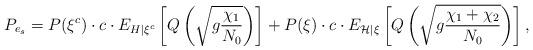
LaTeX: \begin{align*}P_{e_{s}} & = P(\xi^{c})\cdot c\cdot E_{H\vert\xi^{c}}\left[Q\left(\sqrt{g\frac{\chi_{1}}{N_{0}}}\right)\right]+ P(\xi)\cdot c\cdot E_{\mathcal{H}\vert\xi}\left[Q\left(\sqrt{g\frac{\chi_{1}+\chi_{2}}{N_{0}}}\right)\right],\end{align*}